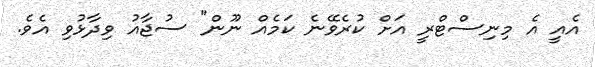
އެއީ އެ މިނިސްޓްރީ އަށް ކުރެވޭނެ ކަމެއް ނޫން" ސުޖާއު ވިދާޅުވި އެވެ.